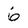
Character: 6